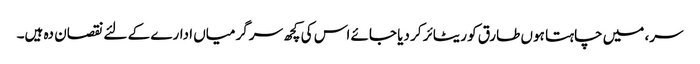
سر، میں چاہتا ہوں طارق کو ریٹائر کر دیا جائے اس کی کچھ سرگرمیاں ادارے کے لئے نقصان دہ ہیں۔